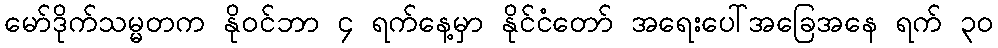
မော်ဒိုက်သမ္မတက နိုဝင်ဘာ ၄ ရက်နေ့မှာ နိုင်ငံတော် အရေးပေါ်အခြေအနေ ရက် ၃၀